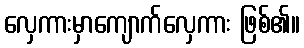
လှေကားမှာကျောက်လှေကား ဖြစ်၏။